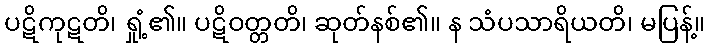
ပဋိကုဋတိ၊ ရှုံ့၏။ ပဋိဝတ္တတိ၊ ဆုတ်နစ်၏။ န သံပသာရိယတိ၊ မပြန့်။